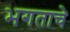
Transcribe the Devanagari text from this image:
भगताचे